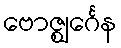
ဗောဇ္ဈင်္ဂေန